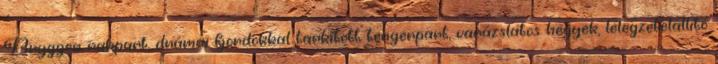
Bryggen rakpart, drámai fjordokkal tarkított tengerpart, varázslatos hegyek, lélegzetelállító